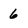
Character: 6